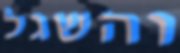
והשגל